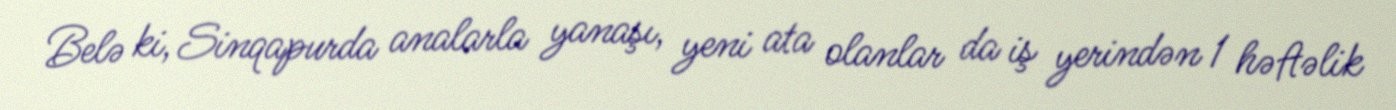
Belə ki, Sinqapurda analarla yanaşı, yeni ata olanlar da iş yerindən 1 həftəlik